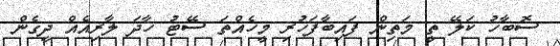
ސޮބާހު ކަލޭ ތީ މަތިން ފައިބާފަހުރި މީހެއްތަ ސޭޓު ހާދަ ލާރިއެއް ދީގެން